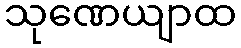
သုဏေယျာထ